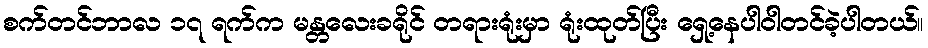
စက်တင်ဘာလ ၁၇ ရက်က မန္တလေးခရိုင် တရားရုံးမှာ ရုံးထုတ်ပြီး ရှေ့နေပါဝါတင်ခဲ့ပါတယ်။